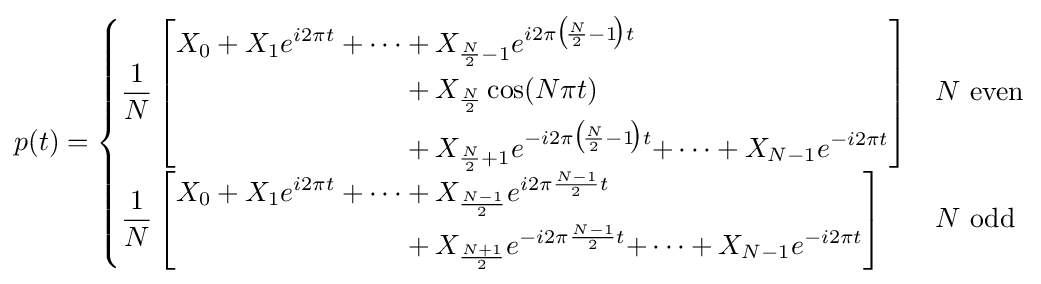
p(t)={\begin{cases}\displaystyle {\frac {1}{N}}\left[{\begin{alignedat}{3}X_{0}+X_{1}e^{i2\pi t}+\cdots &+X_{{\frac {N}{2}}-1}e^{i2\pi {\big (}\!{\frac {N}{2}}-1\!{\big )}t}&\\&+X_{\frac {N}{2}}\cos(N\pi t)&\\&+X_{{\frac {N}{2}}+1}e^{-i2\pi {\big (}\!{\frac {N}{2}}-1\!{\big )}t}&+\cdots +X_{N-1}e^{-i2\pi t}\end{alignedat}}\right]&N{\text{ even}}\\\displaystyle {\frac {1}{N}}\left[{\begin{alignedat}{3}X_{0}+X_{1}e^{i2\pi t}+\cdots &+X_{\frac {N-1}{2}}e^{i2\pi {\frac {N-1}{2}}t}&\\&+X_{\frac {N+1}{2}}e^{-i2\pi {\frac {N-1}{2}}t}&+\cdots +X_{N-1}e^{-i2\pi t}\end{alignedat}}\right]&N{\text{ odd}}\end{cases}}